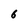
Character: 6